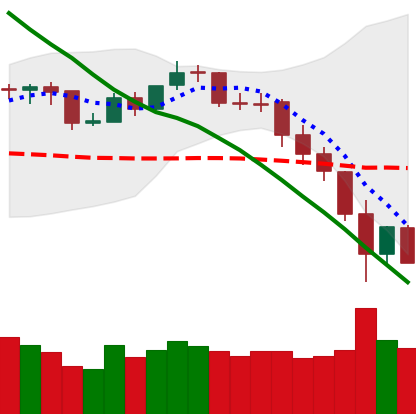
Ticker: BNB-USD
Chart end date: 2019-11-24
Forward return: 6.509%
Label: up_5_7